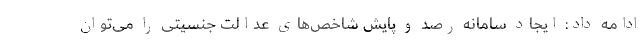
ادامه داد: ایجاد سامانه رصد و پایش شاخص‌های عدالت جنسیتی را می‌توان